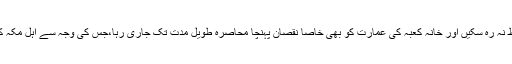
حدودِ حرم بھی اس سے محفوظ نہ رہ سکیں اور خانہ کعبہ کی عمارت کو بھی خاصا نقصان پہنچا محاصرہ طویل مدت تک جاری رہا،جس کی وجہ سے اہل مکہ کو دشواریوں کا سامنا کرنا پڑا۔